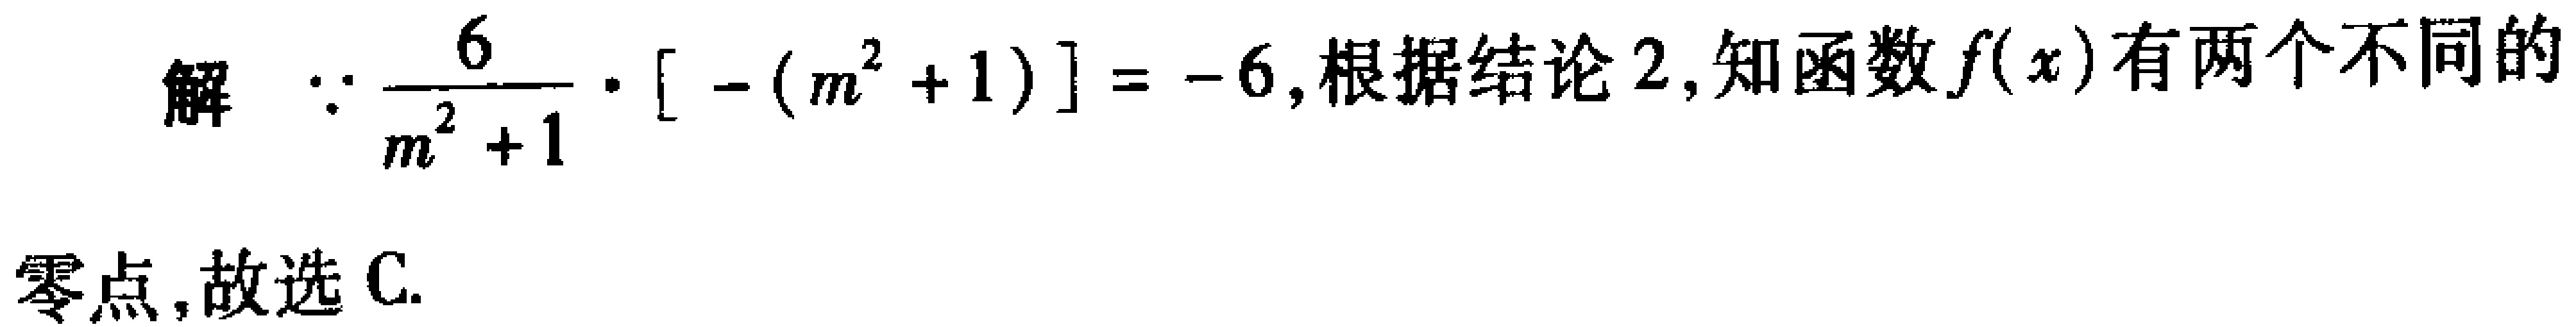
解 $\because \frac{6}{m^{2}+1}\cdot[-(m^{2}+1)]=-6$,根据结论 2,知函数$f(x)$有两个不同的

零点,故选 C.